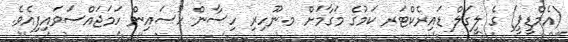
(އެމްޑީޕީ) ގެ ލީގަލް ޑައިރެކްޓަރ ކަމުގެ މަގާމަށް މ.ނޫހިރި ހިސާން ހުސައިން ހަމަޖައްސަވައިފިއެވެ.